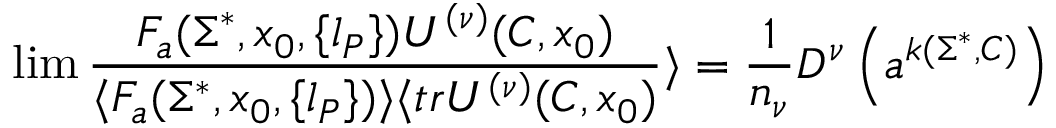
\operatorname * { l i m } { \frac { F _ { a } ( \Sigma ^ { * } , x _ { 0 } , \{ l _ { P } \} ) U ^ { ( \nu ) } ( C , x _ { 0 } ) } { \langle F _ { a } ( \Sigma ^ { * } , x _ { 0 } , \{ l _ { P } \} ) \rangle \langle t r U ^ { ( \nu ) } ( C , x _ { 0 } ) } } \rangle = { \frac { 1 } { n _ { \nu } } } D ^ { \nu } \left( a ^ { k ( \Sigma ^ { * } , C ) } \right)